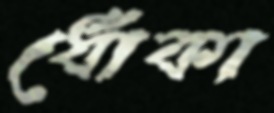
ধোঁকা